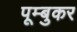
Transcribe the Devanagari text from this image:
पूम्बुकर